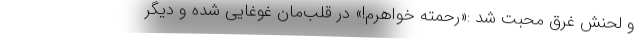
و لحنش غرق محبت شد :«رحمته خواهرم!» در قلب‌مان غوغایی شده و دیگر